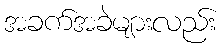
အခက်အခဲများလည်း